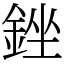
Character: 銼